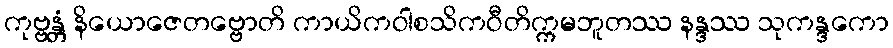
ကုဗ္ဗန္တံ နိယောဇေတဗ္ဗောတိ ကာယိကဝါစသိကဝီတိက္ကမဘူတဿ နန္ဒဿ သုကန္ဒကော